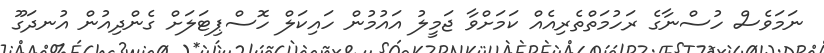
ނަމަވެސް ހުސްނާގެ ރަހުމަތްތެރިއެއް ކަމަށްވާ ޖަމީލު އައުމުން ހައިކަލް ހޮސްޕިޓަލަށް ގެންދިއުން އުނދަގޫ